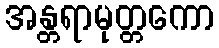
အန္တရာမုတ္တကော